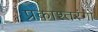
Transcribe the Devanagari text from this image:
प्रकाश्तरंगों